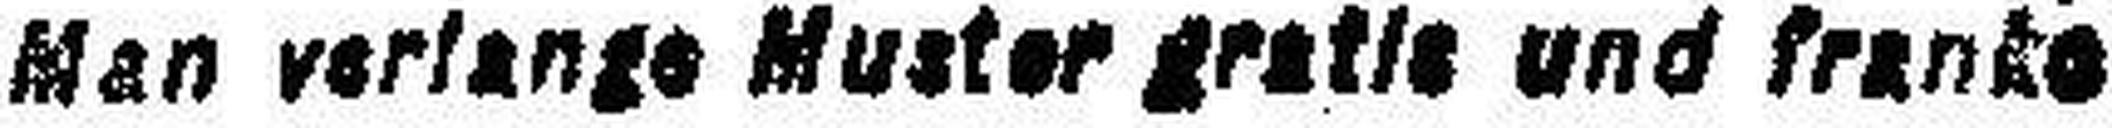
Man verlange Muster gratis und franko